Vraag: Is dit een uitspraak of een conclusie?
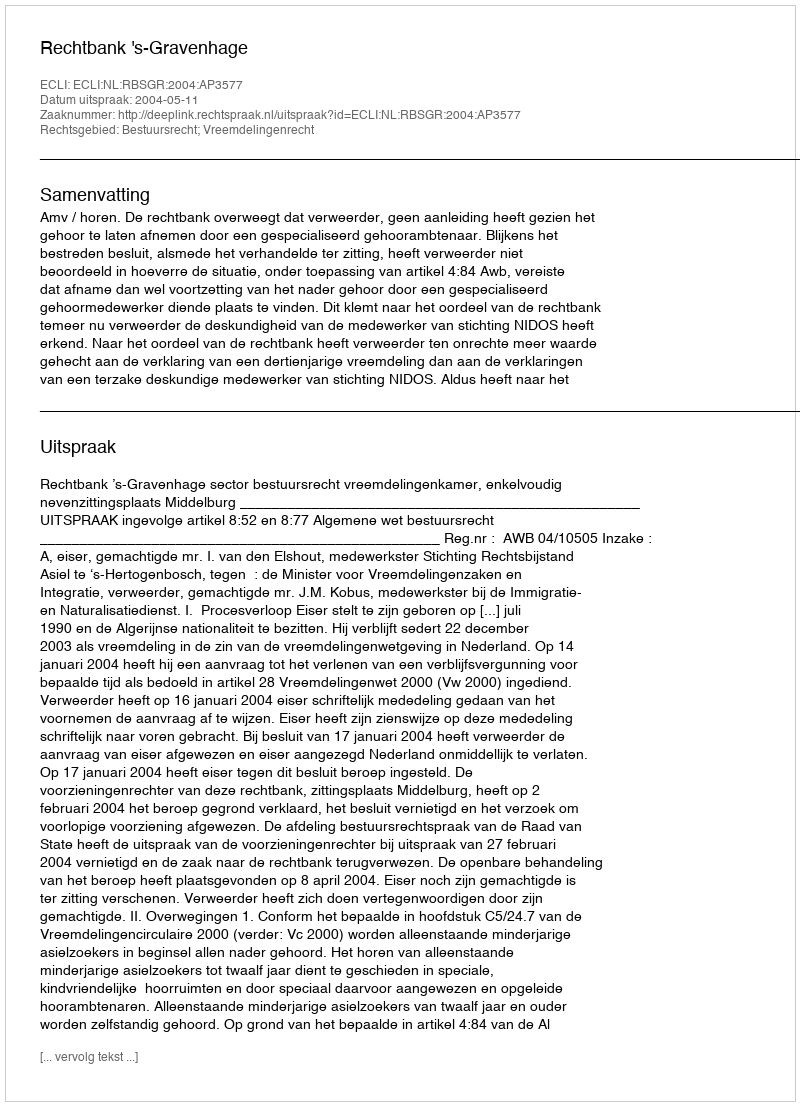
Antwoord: Uitspraak